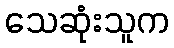
သေဆုံးသူက